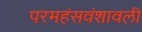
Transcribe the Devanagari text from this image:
परमहंसवंशावली